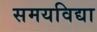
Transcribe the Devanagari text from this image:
समयविद्या